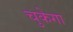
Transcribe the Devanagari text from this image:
चुकेगा